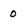
Character: 0